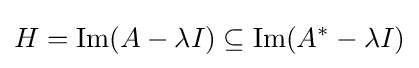
H=\operatorname {Im} (A-\lambda I)\subseteq \operatorname {Im} (A^{*}-\lambda I)